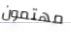
مهتمون